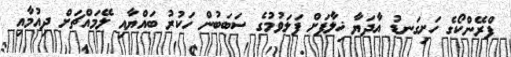
ފްރޭންކޯގެ ހަށިގަނޑު އާދަޔާ ޚިލާފަށް ފަލަވުމުގެ ސަބަބުން ހަކުރު ބައްޔާއި ލޭމައްޗަށް ދިއުމާއި